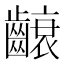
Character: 𮯐